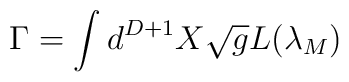
\Gamma = \Huge\int \large d^{D+1} X \sqrt{g} L({\lambda}_{M})